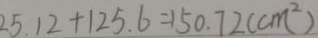
2 5 . 1 2 + 1 2 5 . 6 = 1 5 0 . 7 2 ( c m ^ { 2 } )